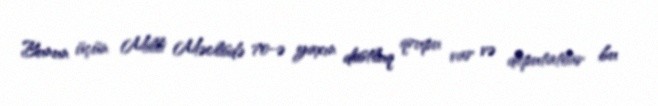
Bunun üçün Milli Məclisdə 70-ə yaxın dostluq qrupu var və deputatlar bu